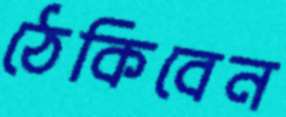
ঠেকিবেন